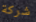
شركة